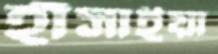
হাঁসাইয়া